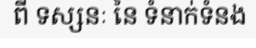
ពី ទស្សនៈ នៃ ទំនាក់ទំនង